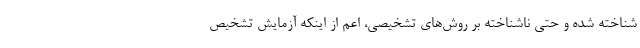
شناخته شده و حتی ناشناخته بر روش‌های تشخیصی، اعم از اینکه آزمایش تشخیص